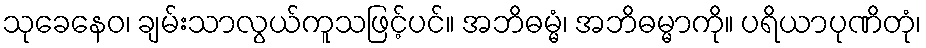
သုခေနေဝ၊ ချမ်းသာလွယ်ကူသဖြင့်ပင်။ အဘိဓမ္မံ၊ အဘိဓမ္မာကို။ ပရိယာပုဏိတုံ၊